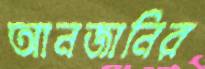
আনজানির